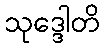
သုဒ္ဒေါတိ